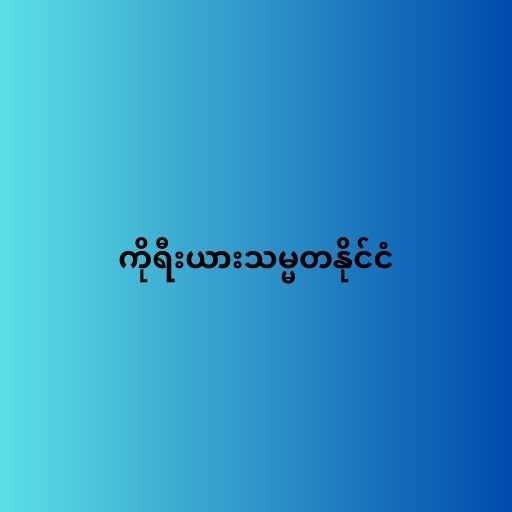
ကိုရီးယားသမ္မတနိုင်ငံ